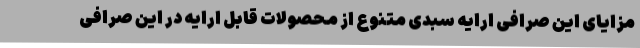
مزایای این صرافی ارایه سبدی متنوع از محصولات قابل ارایه در این صرافی